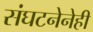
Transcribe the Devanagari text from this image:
संघटनेनेही